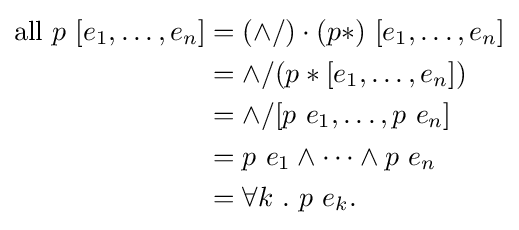
{\begin{aligned}{\rm {all}}\ p\ [e_{1},\dots ,e_{n}]&=(\land /)\cdot (p*)\ [e_{1},\dots ,e_{n}]\\&=\land /(p*[e_{1},\dots ,e_{n}])\\&=\land /[p\ e_{1},\dots ,p\ e_{n}]\\&=p\ e_{1}\land \dots \land p\ e_{n}\\&=\forall k\ .\ p\ e_{k}.\end{aligned}}